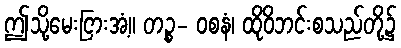
ဤသို့မေးငြားအံ့။ တဉ္စ- ဝစနံ၊ ထိုဝိဘင်းစသည်တို့၌